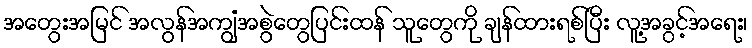
အတွေးအမြင် အလွန်အကျွံအစွဲတွေပြင်းထန် သူတွေကို ချန်ထားရစ်ပြီး လူ့အခွင့်အရေး၊